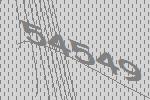
54549